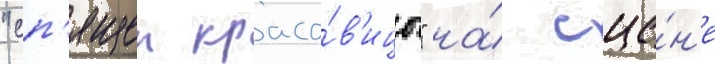
"сп'ящеи краса́в'ицы" на́ сце́н'е